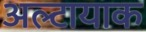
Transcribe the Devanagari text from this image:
अल्टायाक